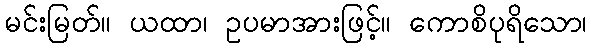
မင်းမြတ်။ ယထာ၊ ဥပမာအားဖြင့်။ ကောစိပုရိသော၊